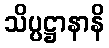
သိပ္ပဋ္ဌာနာနိ